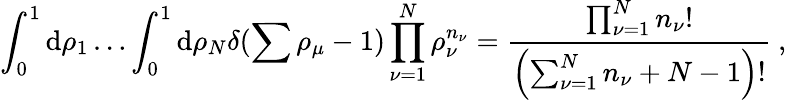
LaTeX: \int_{0}^{1}\mathrm{d}\rho_{1}\ldots\int_{0}^{1}\mathrm{d}\rho_{N}\delta(\sum\rho_{\mu}-1)\prod_{\nu=1}^{N}\rho_{\nu}^{n_{\nu}}=\frac{\prod_{\nu=1}^{N}n_{\nu}!}{\left(\sum_{\nu=1}^{N}n_{\nu}+N-1\right)!}\: ,